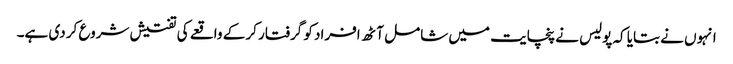
انہوں نے بتایا کہ پولیس نے پنچایت میں شامل آٹھ افراد کو گرفتار کر کے واقعے کی تفتیش شروع کر دی ہے۔